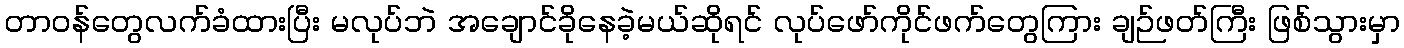
တာဝန်တွေလက်ခံထားပြီး မလုပ်ဘဲ အချောင်ခိုနေခဲ့မယ်ဆိုရင် လုပ်ဖော်ကိုင်ဖက်တွေကြား ချဉ်ဖတ်ကြီး ဖြစ်သွားမှာ